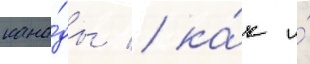
кана́ды / ка́к и́